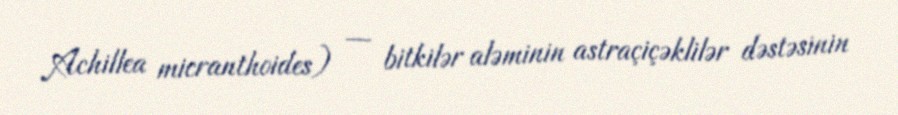
Achillea micranthoides) — bitkilər aləminin astraçiçəklilər dəstəsinin